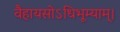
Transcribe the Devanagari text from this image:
वैहायसोऽधिभूम्याम्।